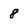
Character: 8